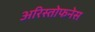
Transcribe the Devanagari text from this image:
अरिस्तोफनेस